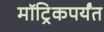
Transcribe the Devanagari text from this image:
मॉट्रिकपर्यंत